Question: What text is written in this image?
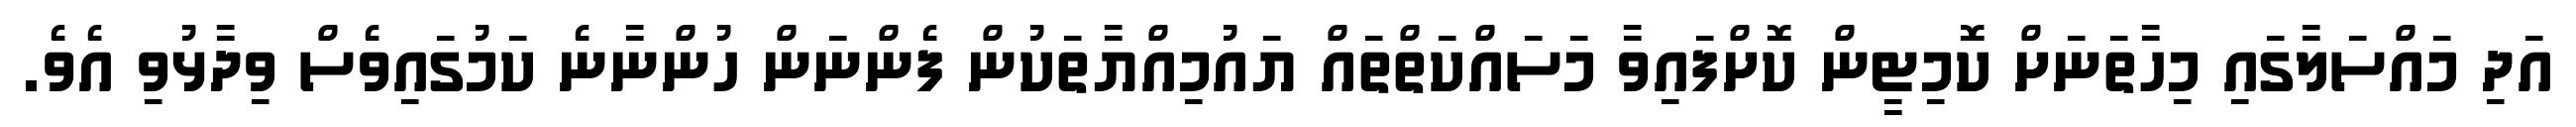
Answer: އަދި މައްސަލާގައި މިހާތަނަށް ކޮމިޓީން ކޮށްފައިވާ މަސައްކަތްތައް ޔައުމިއްޔާތަކުން ފެންނަން ހުންނާނެ ކަމުގައިވެސް ވިދާޅުވި އެވެ.